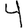
Digit: 4